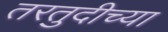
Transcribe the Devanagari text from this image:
तरतुदीच्या